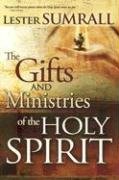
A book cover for Gifts And Ministries Of The Holy Spirit; SUMRALL LESTER; Christian Books & Bibles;